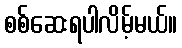
စစ်ဆေးရပါလိမ့်မယ်။